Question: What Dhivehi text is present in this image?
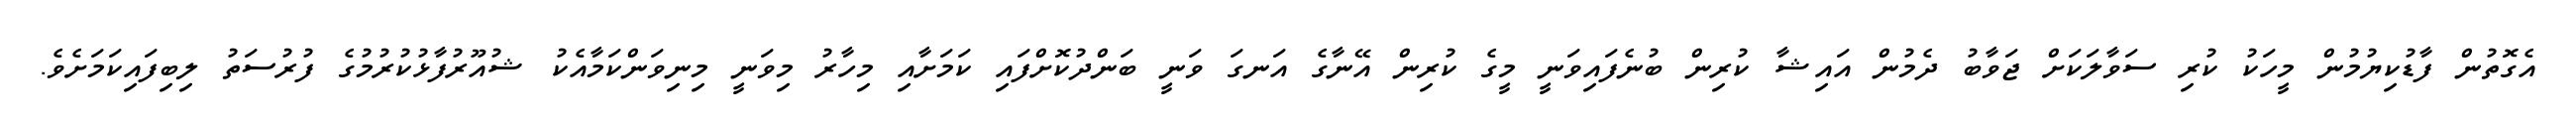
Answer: އެގޮތުން ފާޑުކިޔުމުން މީހަކު ކުރި ސަވާލަކަށް ޖަވާބު ދެމުން އައިޝާ ކުރިން ބުނެފައިވަނީ މީގެ ކުރިން އޭނާގެ އަނގަ ވަނީ ބަންދުކޮށްފައި ކަމަށާއި މިހާރު މިވަނީ މިނިވަންކަމާއެކު ޝުއޫރުފާޅުކުރުމުގެ ފުރުސަތު ލިބިފައިކަމަށެވެ.